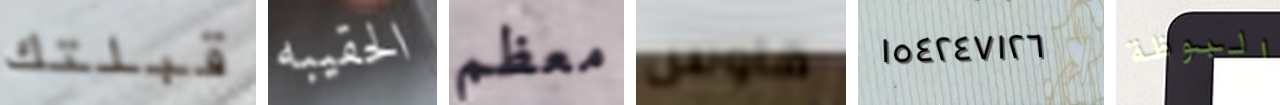
قبلتك الحقيبه معظم هاوس ١٥٤٢٤٧١٢٦ البوظة